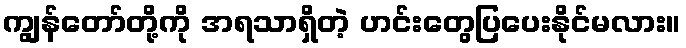
ကျွန်တော်တို့ကို အရသာရှိတဲ့ ဟင်းတွေပြပေးနိုင်မလား။